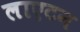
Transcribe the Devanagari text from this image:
लाएटन